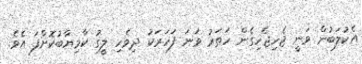
އެކުލަބުން ވަނީ ޖެހިޖެހިގެން ހަތަރު ވަނަ ފަހަރަކު ދިވެހި ލީގު ކާމިޔާބުކޮށްފަ އެވެ.